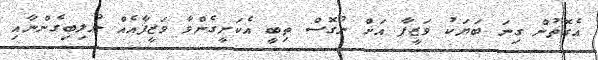
އެގޮތުން ގިނަ ބަޔަކު ވަޒީފާ އަށް ނުގޮސް ތިބީ އެކަށީގެންވާ ވަޒީފާއެއް ނުލިބިގެންނާއި